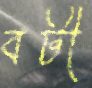
বটী